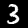
Label: 3